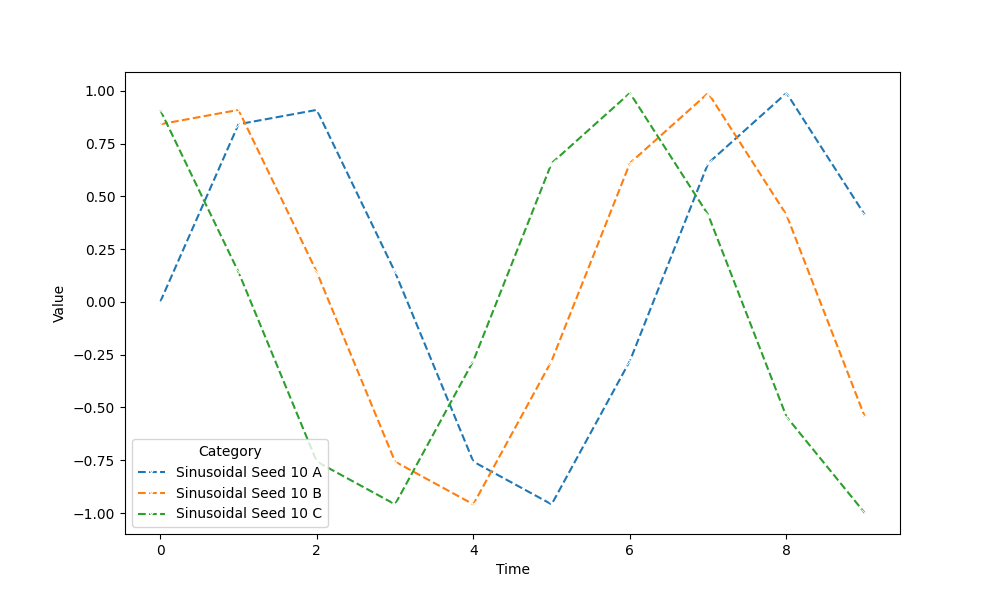
python, seaborn, lineplot, style='dashed', marker='x'